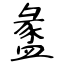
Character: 盠